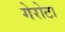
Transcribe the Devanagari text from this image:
गेरोटा